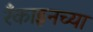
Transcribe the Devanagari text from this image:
रँकाइनच्या